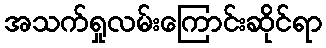
အသက်ရှုလမ်းကြောင်းဆိုင်ရာ